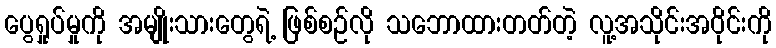
ပွေရှုပ်မှုကို အမျိုးသားတွေရဲ့ ဖြစ်စဉ်လို သဘောထားတတ်တဲ့ လူ့အသိုင်းအဝိုင်းကို